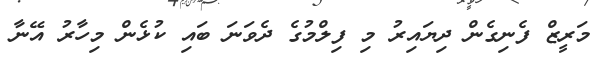
މަރީޒް ފެނިގެން ދިޔައިރު މި ފިލްމުގެ ދެވަނަ ބައި ކުޅެން މިހާރު އޭނާ